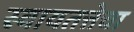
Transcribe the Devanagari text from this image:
स्वायतत्तेचा